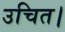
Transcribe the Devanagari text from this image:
उचित।